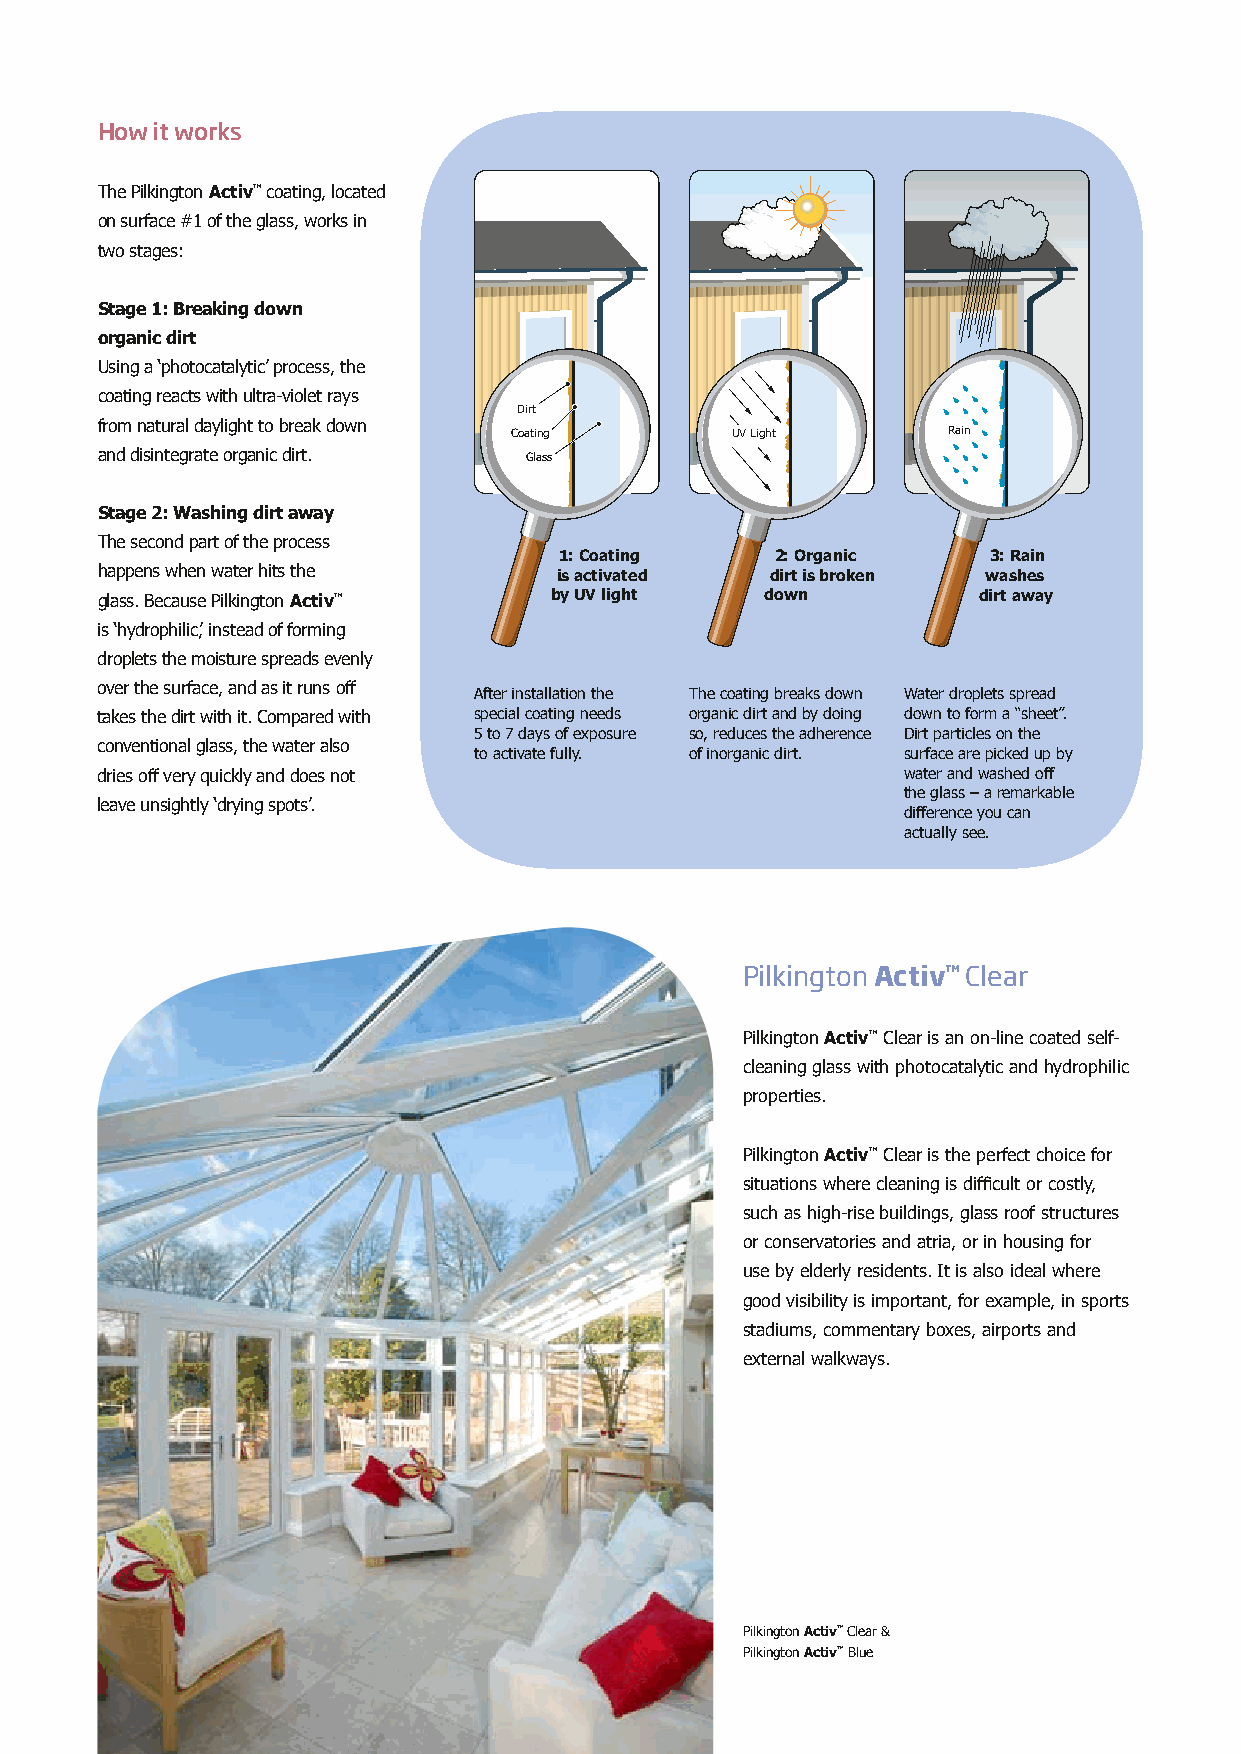
How it works
 The Pilkington Activ™ coating, located
 on surface #1 of the glass, works in
 two stages:
 Stage 1: Breaking down
 organic dirt
 Using a ‘photocatalytic’ process, the
 coating reacts with ultra-violet rays
 Dirt
 from natural daylight to break down
 Coating       UV Light       Rain
 and disintegrate organic dirt. Glass
 Stage 2: Washing dirt away
 The second part of the process
 1: Coating    2: Organic    3: Rain
 happens when water hits the    is activated  dirt is broken washes
 glass. Because Pilkington Activ™ by UV light down          dirt away
 is ‘hydrophilic’, instead of forming
 droplets the moisture spreads evenly
 over the surface, and as it runs off
 After installation the The coating breaks down Water droplets spread
 takes the dirt with it. Compared with special coating needs organic dirt and by doing down to form a “sheet”.
 5 to 7 days of exposure so, reduces the adherence Dirt particles on the
 conventional glass, the water also
 to activate fully. of inorganic dirt. surface are picked up by
 dries off very quickly and does not                   water and washed off
 the glass – a remarkable
 leave unsightly ‘drying spots’.
 difference you can
 actually see.
 Pilkington Activ™ Clear
 Pilkington Activ™ Clear is an on-line coated self-
 cleaning glass with photocatalytic and hydrophilic
 properties.
 Pilkington Activ™ Clear is the perfect choice for
 situations where cleaning is difficult or costly,
 such as high-rise buildings, glass roof structures
 or conservatories and atria, or in housing for
 use by elderly residents. It is also ideal where
 good visibility is important, for example, in sports
 stadiums, commentary boxes, airports and
 external walkways.
 Pilkington Activ™ Clear &
 Pilkington Activ™ Blue